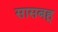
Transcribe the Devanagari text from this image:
सासबहू